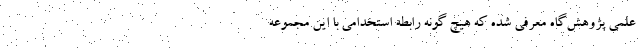
علمی پژوهش‌گاه معرفی شده که هیچ گونه رابطه استخدامی با این مجموعه